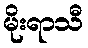
မိုးရာသီ